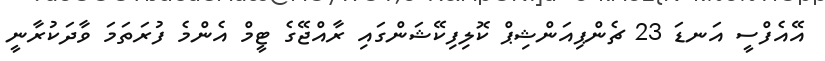
އޭއެފްސީ އަނޑަ 23 ޗެންޕިއަންޝިޕް ކޮލިފިކޭޝަންގައި ރާއްޖޭގެ ޓީމް އެންމެ ފުރަތަމަ ވާދަކުރާނީ